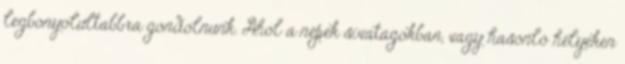
legbonyolultabbra gondolnunk. Ahol a népek sivatagokban, vagy hasonló helyeken